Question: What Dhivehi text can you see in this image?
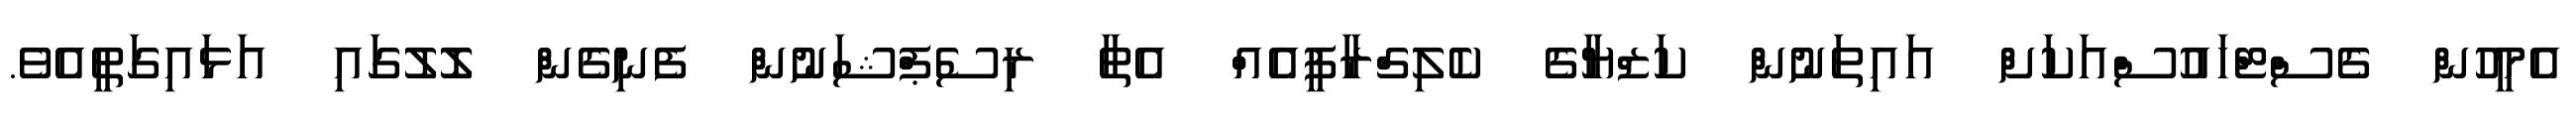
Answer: އެމީހުން ގެސްޓްހައުސްއަކަށް އައިތަނުން ކަޒްޔާގެ ކެލިގްރާފީއެއް އެތާ ރިސެޕްޝަނުން ފެނިގެން ލޮލުގައި އަޅައިގަތީއެވެ.